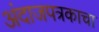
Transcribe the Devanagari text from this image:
अंदाजपत्रकाचा